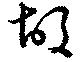
故